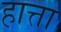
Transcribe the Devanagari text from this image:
हात्ता